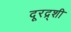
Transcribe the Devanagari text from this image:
दूरद्र्शी